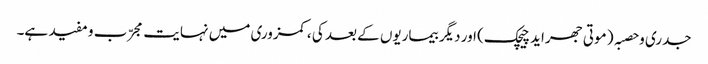
جدری و حصبہ ( موتی جھراید چیچک) اور دیگر بیماریوں کے بعد کی ،کمزوری میں نہایت مجرّب و مفید ہے۔